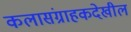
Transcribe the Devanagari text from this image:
कलासंग्राहकदेखील